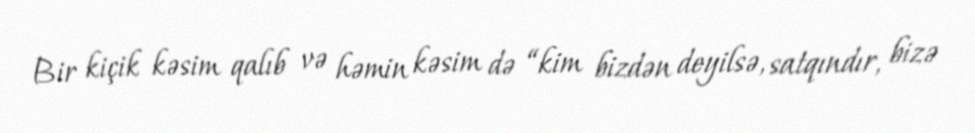
Bir kiçik kəsim qalıb və həmin kəsim də “kim bizdən deyilsə, satqındır, bizə